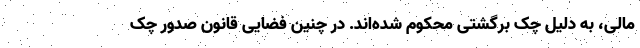
مالی، به دلیل چک برگشتی محکوم شده‌اند. در چنین فضایی قانون صدور چک